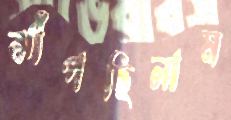
ঝাঁপছিলাম